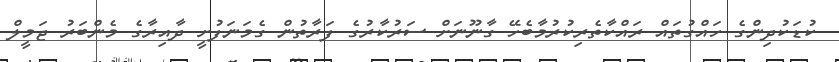
ކުޑަކުދިންގެ ހައްގުތައް ރައްކާތެރިކުރުމާބެހޭ ގާނޫނަށް ސަރުކާރުގެ ފަރާތުން ގެމަނަފުށީ ދާއިރާގެ މެންބަރު ޖަމީލް